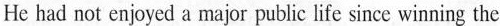
He had not enjoyed a major public life since winning the